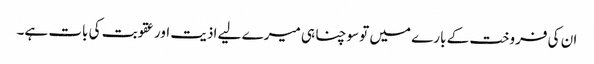
ان کی فروخت کے بارے میں تو سوچنا ہی میرے لیے اذیت اور عقوبت کی بات ہے۔